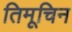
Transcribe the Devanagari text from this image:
तिमूचिन